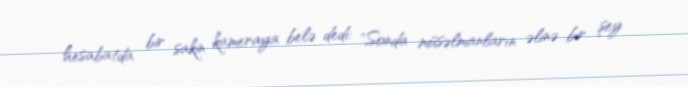
hesabatda bir sakin kameraya belə dedi: "Sonda müsəlmanların əlinə bir şey